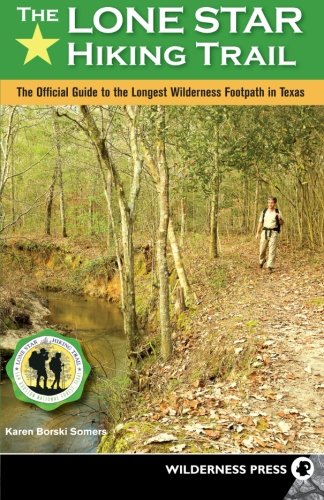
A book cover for The Lone Star Hiking Trail: The Official Guide to the Longest Wilderness Footpath in Texas; Karen Somers; Health, Fitness & Dieting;